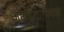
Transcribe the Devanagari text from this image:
अष्टदिशातत्मक